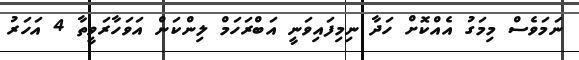
ނަމަވެސް މިމަގު އެއްކޮށް ހަދާ ނިމިފައިވަނީ އަބްރަހަމް ލިންކަން އަވަހާރަވީތާ 4 އަހަރު